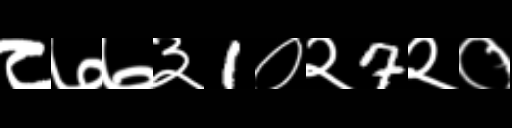
Text: ८७७३1०२7२०